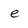
Character: e